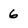
Character: 6